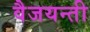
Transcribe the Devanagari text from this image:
वैजयन्‍ती